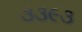
૩૩૯૩